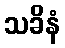
သခိနံ